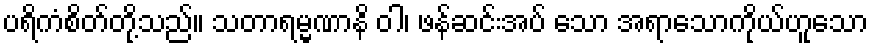
ပရိကံစိတ်တို့သည်။ သတာရမ္မဏာနိ ဝါ၊ ဖန်ဆင်းအပ် သော အရာသောကိုယ်ဟူသော